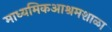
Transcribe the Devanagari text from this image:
माध्यमिकआश्रमशाळा